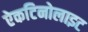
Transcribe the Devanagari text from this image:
ऐकटिनोलाइट